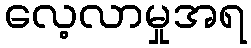
လေ့လာမှုအရ